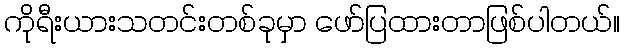
ကိုရီးယားသတင်းတစ်ခုမှာ ဖော်ပြထားတာဖြစ်ပါတယ်။